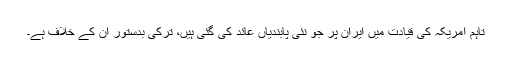
تاہم امریکہ کی قیادت میں ایران پر جو نئی پابندیاں عائد کی گئی ہیں، ترکی بدستور ان کے خلاف ہے۔